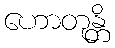
ဟောတုန္တိ